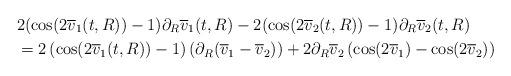
LaTeX: \begin{align*} &2(\cos(2\overline{v}_{1}(t,R))-1)\partial_{R}\overline{v}_{1}(t,R) - 2(\cos(2\overline{v}_{2}(t,R))-1)\partial_{R}\overline{v}_{2}(t,R) \\&=2\left(\cos(2\overline{v}_{1}(t,R))-1\right)\left(\partial_{R}(\overline{v}_{1}-\overline{v}_{2})\right)+2\partial_{R}\overline{v}_{2}\left(\cos(2\overline{v}_{1})-\cos(2\overline{v}_{2})\right)\end{align*}